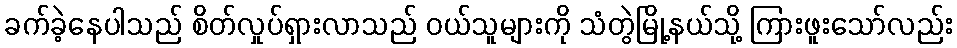
ခက်ခဲ့နေပါသည် စိတ်လှုပ်ရှားလာသည် ဝယ်သူများကို သံတွဲမြို့နယ်သို့ ကြားဖူးသော်လည်း